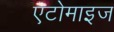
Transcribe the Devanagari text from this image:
एटोमाइज